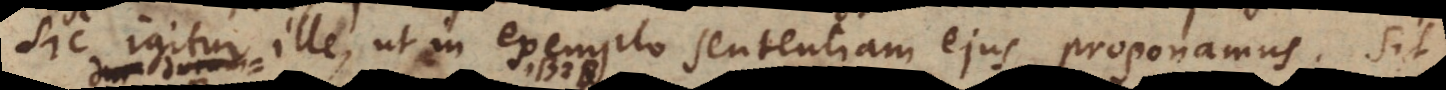
Sic igitur ille, ut in exemplo sententiam ejus proponamus. Sit